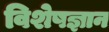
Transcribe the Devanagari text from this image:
विशेषज्ञान